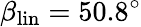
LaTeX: \beta_{\mathrm{lin}}=50.8^{\circ}